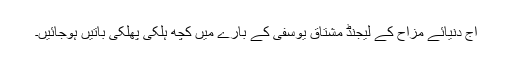
آج دنیائے مزاح کے لیجنڈ مشتاق یوسفی کے بارے میں کچھ ہلکی پھلکی باتیں ہوجائیں۔